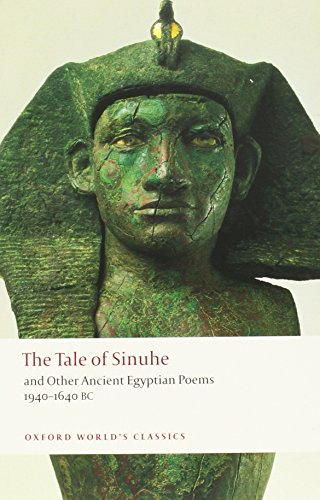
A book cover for The Tale of Sinuhe: and Other Ancient Egyptian Poems 1940-1640 B.C. (Oxford World's Classics); Literature & Fiction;